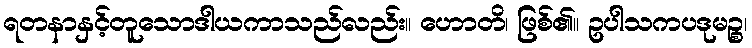
ရတနာနှင့်တူသောဒါယကာသည်လည်း။ ဟောတိ၊ ဖြစ်၏။ ဥပါသကပဒုမဉ္စ၊